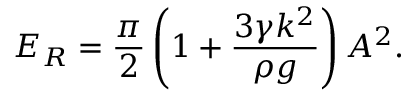
E _ { R } = \frac { \pi } { 2 } \left( 1 + \frac { 3 \gamma k ^ { 2 } } { \rho g } \right) A ^ { 2 } .